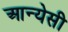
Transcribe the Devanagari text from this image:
आन्येसी